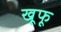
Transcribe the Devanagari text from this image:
खूफू